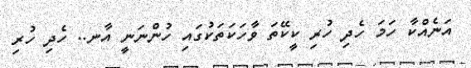
އަނެއްކާ ހަމަ ހެދި ހުރި ކީކޭތަ ވާހަކަތަކުގައި ހުންނަނީ އާނ.. ހެދި ހުރި